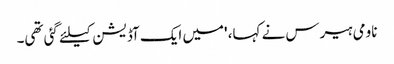
ناومی ہیرس نے کہا، 'میں ایک آڈیشن کیلئے گئی تھی۔